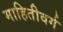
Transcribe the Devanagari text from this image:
माहितीवर्ग